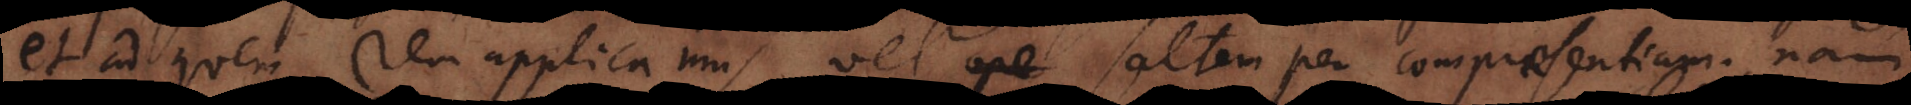
et ad [quam] rem applicamus, vel saltem per compraesentiam; nam